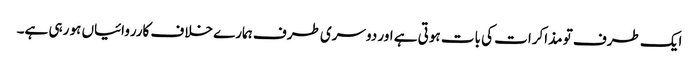
ایک طرف تو مذاکرات کی بات ہوتی ہے اور دوسری طرف ہمارے خلاف کارروائیاں ہو رہی ہے۔